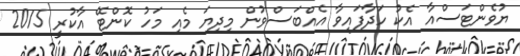
ޔުވެންޓަސްއާ އެކު ހަދާފައިވާ އެއްބަސްވުން މިދިޔަ މެއި މަހު ކޮންޓޭ އާކުރީ 2015